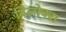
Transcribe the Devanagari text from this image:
विलोक्स